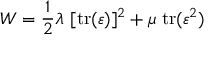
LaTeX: W = { \frac { 1 } { 2 } } \lambda ~ [ \mathrm { t r } ( { \boldsymbol { \varepsilon } } ) ] ^ { 2 } + \mu ~ \mathrm { t r } ( { \boldsymbol { \varepsilon } } ^ { 2 } )